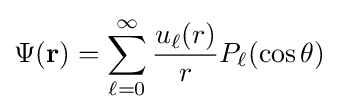
\Psi (\mathbf {r} )=\sum _{\ell =0}^{\infty }{\frac {u_{\ell }(r)}{r}}P_{\ell }(\cos \theta )